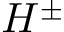
H ^ { \pm }